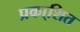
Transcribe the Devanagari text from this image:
प्रका्शित